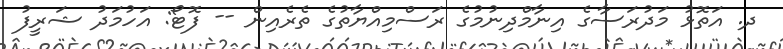
ދ. އަތޮޅު މަދުރަސާގެ އިނާމްދިނުމުގެ ރަސްމިއްޔާތުގެ ތެރެއިން -- ފޮޓޯ: އަހުމަދު ޝަރީފު